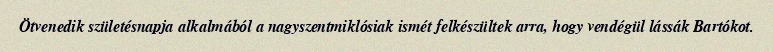
Ötvenedik születésnapja alkalmából a nagyszentmiklósiak ismét felkészültek arra, hogy vendégül lássák Bartókot.